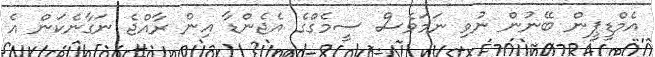
އެމްޑީޕީން ބޭނުން ނުވި ނަމަވެސް ސީމެގްގެ އެޖެންޑާ އިން ރާއްޖެ ނަގާނެކަން އެ